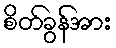
စိတ်ခွန်အား